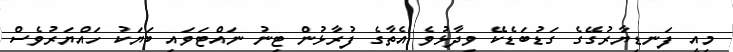
މިއީ ފަނޑިޔާރުގޭގެ ގަޑުބަޑެކޭ ވިދާޅުވެ އެތާގެ ފުރާޅުން ޓިނު ނައްޓަވައި ބަޔަކު ހައްޔަރުވެސް